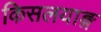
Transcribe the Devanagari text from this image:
किसलयाङ्ग